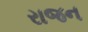
રાજન